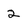
Character: 2